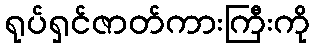
ရုပ်ရှင်ဇာတ်ကားကြီးကို